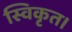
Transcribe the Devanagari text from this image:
स्विकृत।